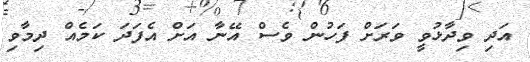
އަދި ވިދާޅުވީ ވަރަށް ފަހުން ވެސް އޭނާ އަށް އެފަދަ ކަމެއް ދިމާވި